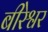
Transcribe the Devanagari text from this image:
बीरेश्वर